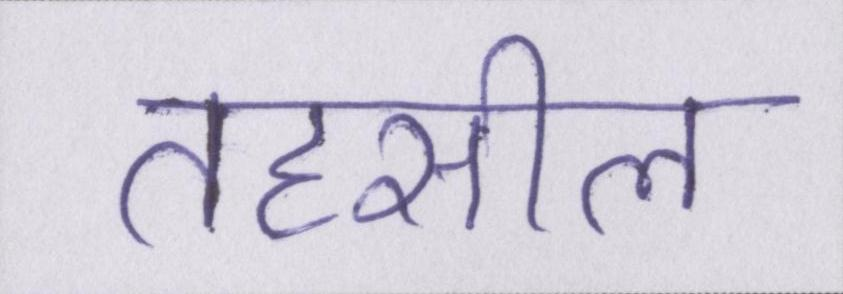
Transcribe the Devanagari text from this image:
तहसील